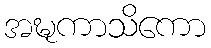
အဍ္ဎကာသိကော